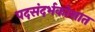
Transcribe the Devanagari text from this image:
पदसंदर्भकोशात